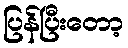
ပြန်ပြီးတော့